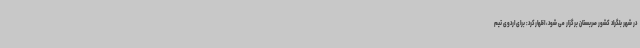
در شهر بلگراد کشور صربستان برگزار می شود، اظهارکرد: برای اردوی تیم